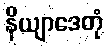
နိယျာဒေတုံ